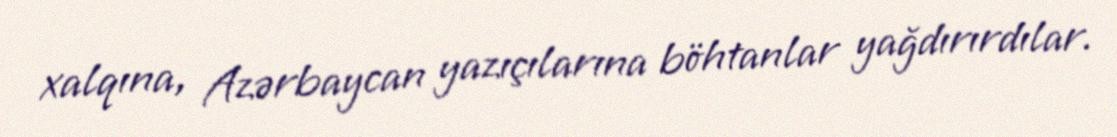
xalqına, Azərbaycan yazıçılarına böhtanlar yağdırırdılar.